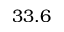
3 3 . 6